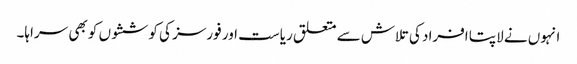
انہوں نے لاپتا افراد کی تلاش سے متعلق ریاست اور فورسز کی کوششوں کو بھی سراہا۔